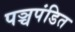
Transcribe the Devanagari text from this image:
पञ्चपंडित